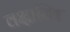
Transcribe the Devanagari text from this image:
वक्षास्थि